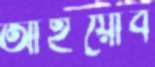
আইয়োব